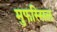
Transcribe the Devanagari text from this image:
मुफस्सिल